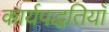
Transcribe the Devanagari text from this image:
कार्यपद्धतियाँ